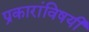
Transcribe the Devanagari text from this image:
प्रकारांविषयी